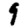
Digit: 9